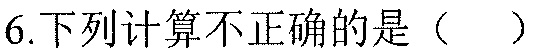
6.下列计算不正确的是（  ）